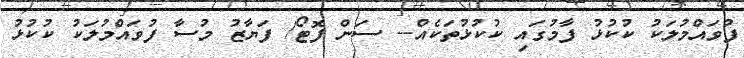
ފުވައްމުލަކު ކުކުޅު ފާމުގައި ކުކުޅުތަކެއް-- ސަން ފޮޓޯ/ ފަޔާޒު މުސާ ފުވައްމުލަކު ކުކުޅު